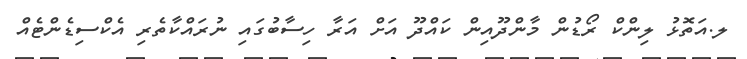
ލ.އަތޮޅު ލިންކް ރޯޑުން މާންދޫއިން ކައްދޫ އަށް އަރާ ހިސާބުގައި ނުރައްކާތެރި އެކްސިޑެންޓެއް